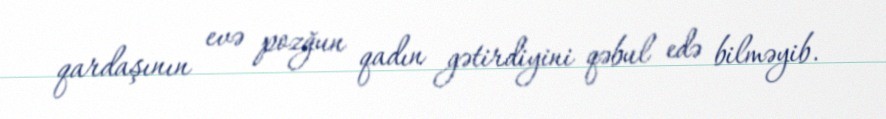
qardaşının evə pozğun qadın gətirdiyini qəbul edə bilməyib.